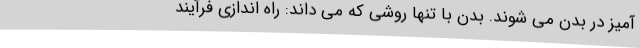
آمیز در بدن می شوند. بدن با تنها روشی که می داند: راه اندازی فرآیند